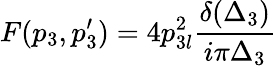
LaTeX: F(p_{3},p_{3}^{\prime})=4p_{3l}^{2}\frac{\delta(\Delta_{3})}{i\pi\Delta_{3}}